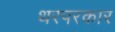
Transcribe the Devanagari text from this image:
थरपरकार